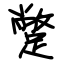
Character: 蹩